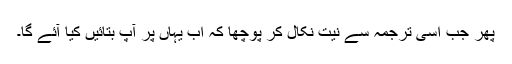
پھر جب اسی ترجمہ سے نیت نکال کر پوچھا کہ اب یہاں پر آپ بتائیں کیا آئے گا۔